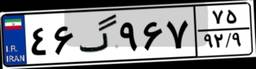
۴۶گ۹۶۷۷۵